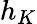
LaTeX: h_{K}